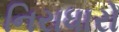
નિરાધારો